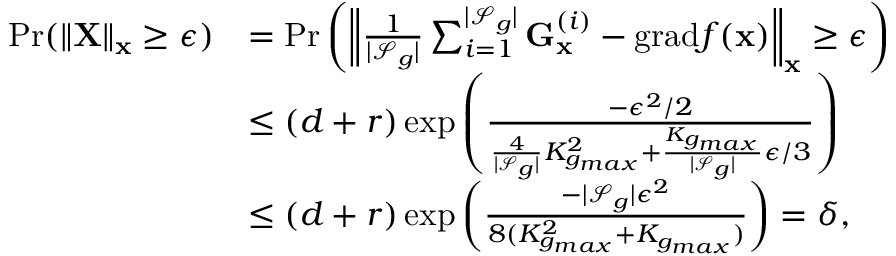
\begin{array} { r l } { \mathrm { P r } ( \| \mathbf { X } \| _ { \mathbf { x } } \ge \epsilon ) } & { = \mathrm { P r } \left( \left\| \frac { 1 } { | \mathcal { S } _ { g } | } \sum _ { i = 1 } ^ { | \mathcal { S } _ { g } | } \mathbf { G } _ { \mathbf { x } } ^ { ( i ) } - \mathrm { g r a d } f ( \mathbf { x } ) \right\| _ { \mathbf { x } } \ge \epsilon \right) } \\ & { \le ( d + r ) \exp \left( \frac { - \epsilon ^ { 2 } / 2 } { \frac { 4 } { | \mathcal { S } _ { g } | } K _ { g _ { m a x } } ^ { 2 } + \frac { K _ { g _ { m a x } } } { | \mathcal { S } _ { g } | } \epsilon / 3 } \right) } \\ & { \le ( d + r ) \exp \left( \frac { - | \mathcal { S } _ { g } | \epsilon ^ { 2 } } { 8 ( K _ { g _ { m a x } } ^ { 2 } + K _ { g _ { m a x } } ) } \right) = \delta , } \end{array}